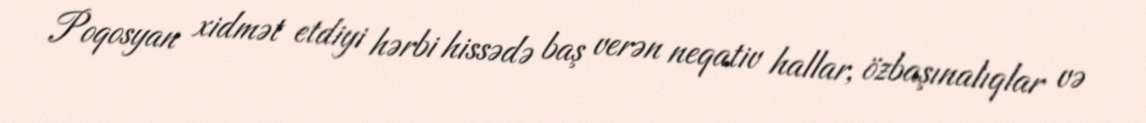
Poqosyan xidmət etdiyi hərbi hissədə baş verən neqativ hallar, özbaşınalıqlar və